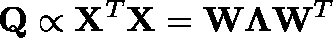
\mathbf { Q } \propto \mathbf { X } ^ { T } \mathbf { X } = \mathbf { W } \mathbf { \Lambda } \mathbf { W } ^ { T }